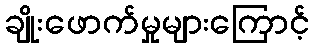
ချိုးဖောက်မှုများကြောင့်